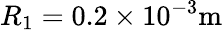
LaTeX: R_{1}=0.2\times 10^{-3}\mathrm{m}